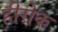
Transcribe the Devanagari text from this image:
हीरोक